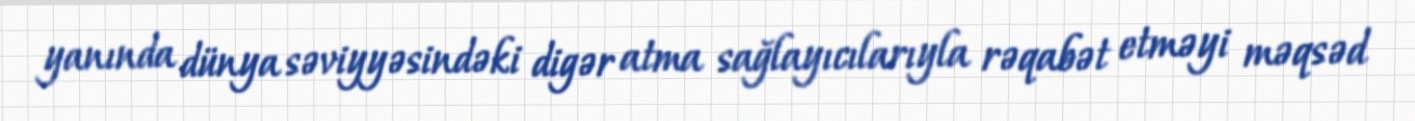
yanında dünya səviyyəsindəki digər atma sağlayıcılarıyla rəqabət etməyi məqsəd